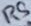
Text: R5